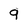
Character: 9